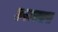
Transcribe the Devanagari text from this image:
उपन्स्यास